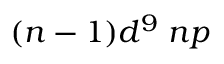
( n - 1 ) d ^ { 9 } \; n p